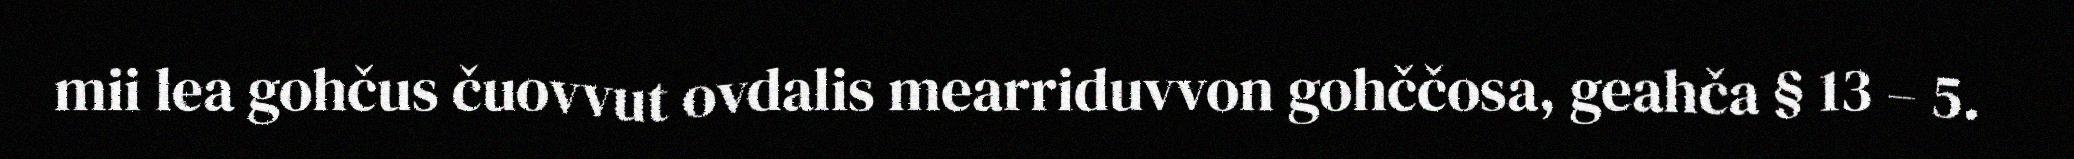
mii lea gohčus čuovvut ovdalis mearriduvvon gohččosa, geahča § 13 – 5.